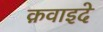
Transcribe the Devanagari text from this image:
क़वाइदे